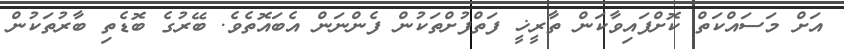
އަށް މަސައްކަތް ކޮށްފައިވާކަން ތާރީޚީ ފަތްފުށްތަކުން ފެންނަން އެބައޮތެވެ. ބޭރުގެ ބޮޑެތި ބާރުތަކުން